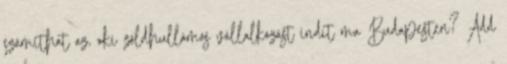
számíthat az, aki zöldhullámos vállalkozást indít ma Budapesten? Add